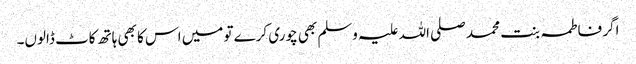
اگر فاطمہ بنت محمد صلی اللہ علیہ وسلم بھی چوری کرے تو میں اس کا بھی ہاتھ کاٹ ڈالوں۔